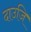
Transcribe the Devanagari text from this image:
दाउजि